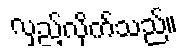
လှည့်လိုက်သည်။